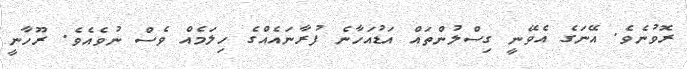
ރޮވުނެވެ. އޭނަގެ އެވޭނީ ގިސްލުންތައް އަޑުއަހާނެ ފުރާނައެއްގެ ހިލަމެއް ވެސް ނުވެއެވެ. ރޫހާނީ